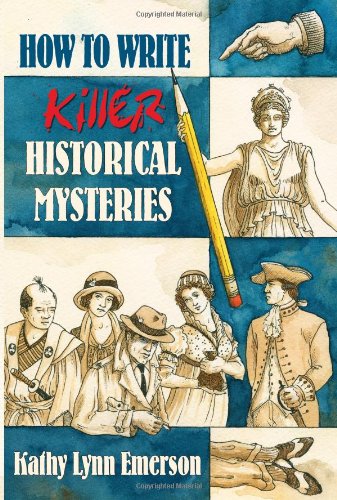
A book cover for How to Write Killer Historical Mysteries: The Art and Adventure of Sleuthing Through the Past; Kathy Lynn Emerson; Mystery, Thriller & Suspense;